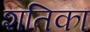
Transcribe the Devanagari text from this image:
शतिका